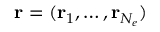
{ \mathbf { r } } = ( { \mathbf { r } } _ { 1 } , \ldots , { \mathbf { r } } _ { N _ { e } } )